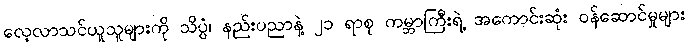
လေ့လာသင်ယူသူများကို သိပ္ပံ၊ နည်းပညာနဲ့ ၂၁ ရာစု ကမ္ဘာကြီးရဲ့ အကောင်းဆုံး ဝန်ဆောင်မှုများ